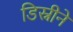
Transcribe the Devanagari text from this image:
डिस्नीने